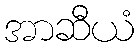
အာဆီယံ